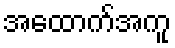
အထောက်အကူ